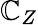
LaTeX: \mathbb{C}_{Z}